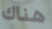
هناك